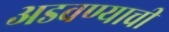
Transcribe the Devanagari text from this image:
अडवण्याची